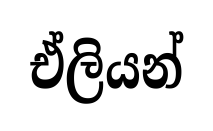
ඒලියන්